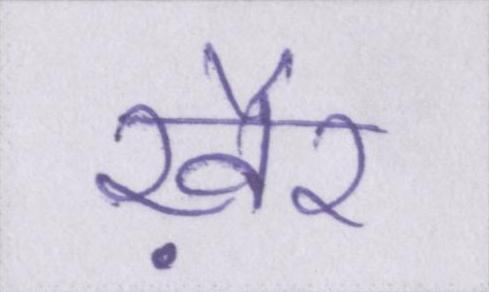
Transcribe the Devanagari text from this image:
ख़ैर